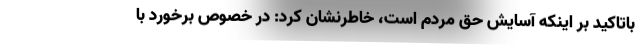
باتاکید بر اینکه آسایش حق مردم است، خاطرنشان کرد: در خصوص برخورد با